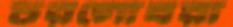
চরগোবরা